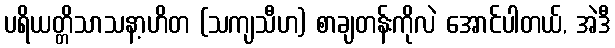
ပရိယတ္တိသာသနာ့ဟိတ (သကျသီဟ) စာချတန်းကိုလဲ အောင်ပါတယ်, အဲဒီ